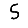
Digit: 5